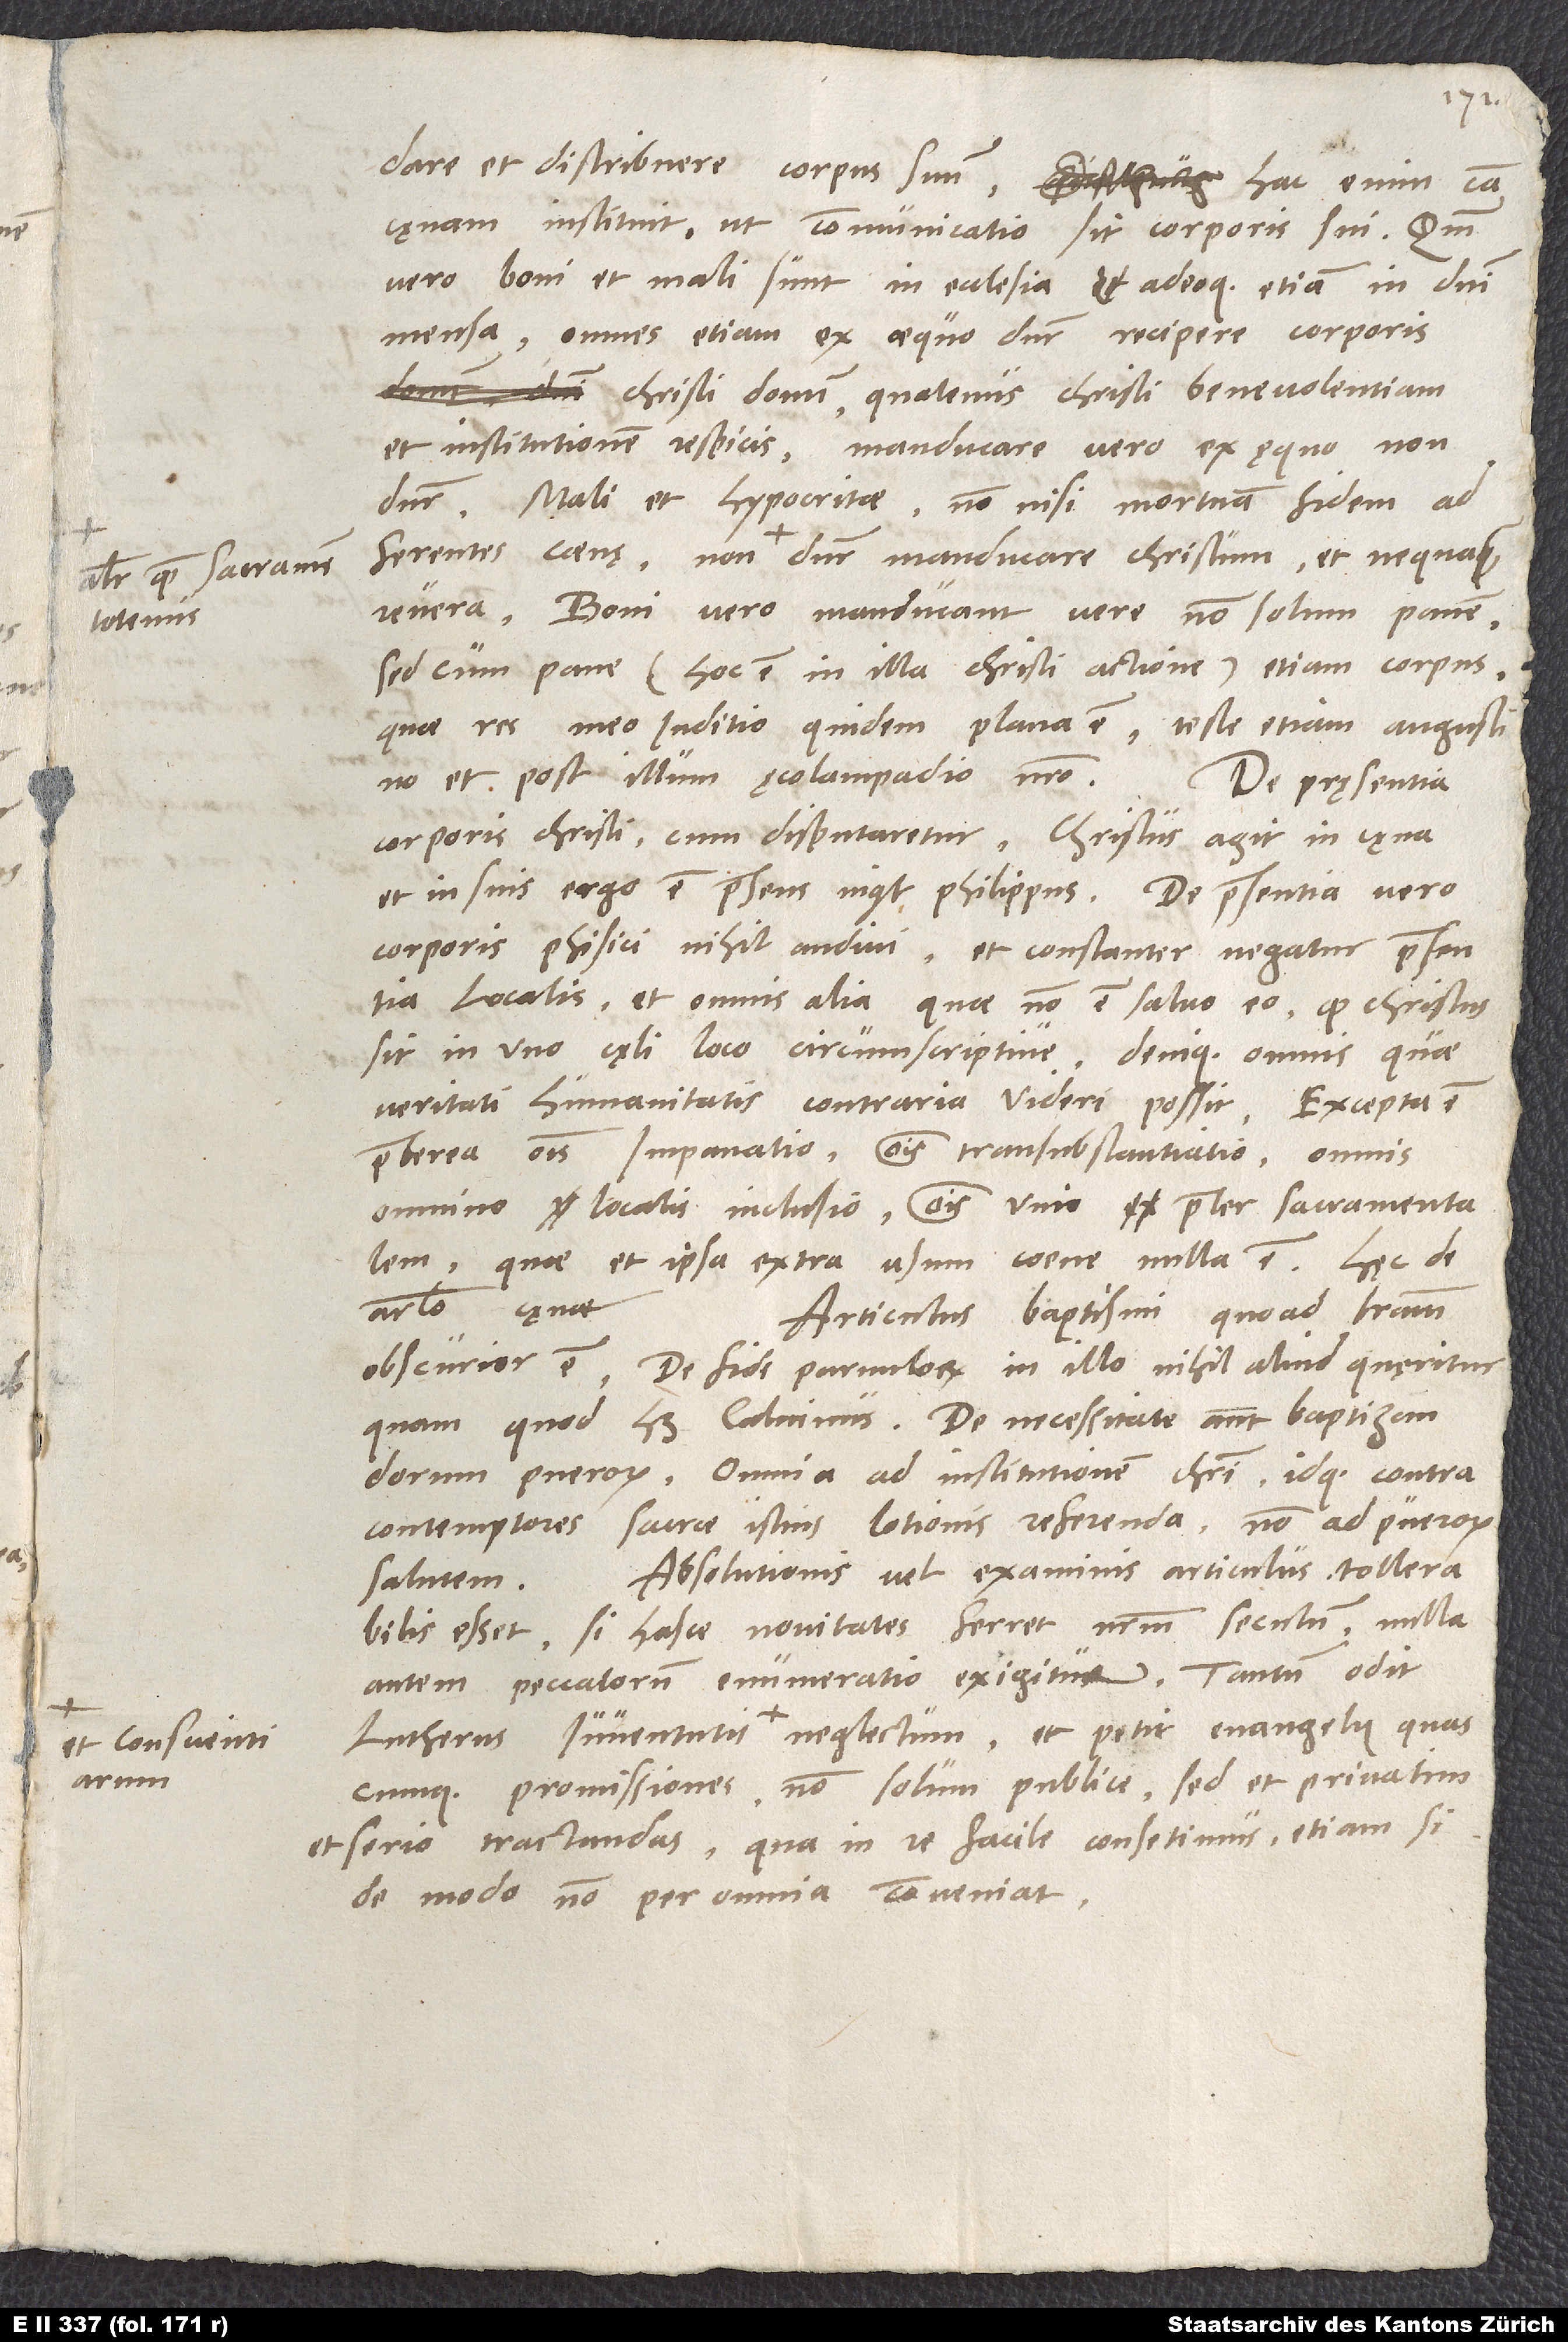
dare et distribuere corpus suum. Hac enim causa
cęnam instituit, ut communicatio sit corporis sui. Quoniam
vero boni et mali sunt in ecclesia adeoque etiam in domini
mensa, omnes etiam ex ęquo dicuntur recipere corporis
Christi donum, quatenus Christi benevolentiam
et institutionem respicis. Manducare vero ex ęquo non
Mali et hypocritae non nisi mortuam fidem
re vera. Boni vero manducant vere non solum panem,
sed cum pane (hoc est in illa Christi actione) etiam corpus.
Quae res meo iuditio quidem plana est teste etiam Augustino
et post illum Ecolampadio nostro.
De pręsentia
corporis Christi cum disputaretur, "Christus agit in cęna
et in suis, ergo est praesens" inquit Philippus. De pręsentia vero
corporis phisici nihil audivi, et constanter negatur praesentia
localis et omnis alia, quae non est salvo eo, quod Christus
sit in uno cęli loco circumscriptive, denique 0omnis, quae
veritati humanitatis contraria videri possit. Excepta est
praeterea omnis impanatio, omnis transsubstantiatio, omnis
omnino localis inclusio, omnis unio praeter sacramentalem,
quae et ipsa extra usum coene nulla est. Hęc de
Articulus baptismi quoad literam
obscurior est. De fide parvulorum in illo nihil aliud Queritur,
quam quod habet Calvinus. De necessitate autem baptizandorum
puerorum omnia ad institutionem Christi idque contra
contemptores sacrae istius lotionis referenda, non ad puerorum
Absolutionis vel examinis articulus tollerabilis
esset, si hasce novitates ferret nostrum seculum. Nulla
autem peccatorum enumeratio exigitur. Tantum odit
quascumque promissiones non solum publice, sed et privatim
et serio tractandas. Qua in re facile consentimus, etiam si
de modo non per omnia conveniat.